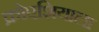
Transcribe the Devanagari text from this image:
क्रोएशियाला